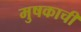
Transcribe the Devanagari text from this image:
मुषकाची